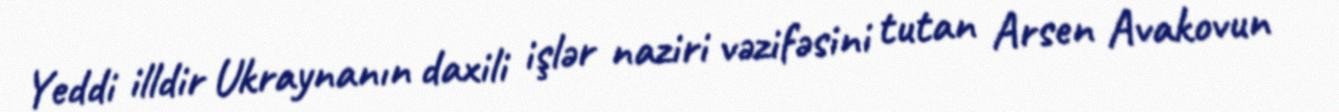
Yeddi illdir Ukraynanın daxili işlər naziri vəzifəsini tutan Arsen Avakovun